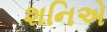
શનિએ